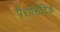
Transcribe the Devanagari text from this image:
पैरासिटिक